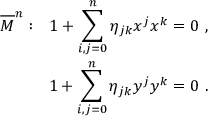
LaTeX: \begin{array} { r } { { \overline { { { M } } } ^ { n } : ~ ~ 1 + \displaystyle \sum _ { i , j = 0 } ^ { n } \eta _ { j k } x ^ { j } x ^ { k } = 0 ~ , } } \\ { { 1 + \displaystyle \sum _ { i , j = 0 } ^ { n } \eta _ { j k } y ^ { j } y ^ { k } = 0 ~ . } } \end{array}